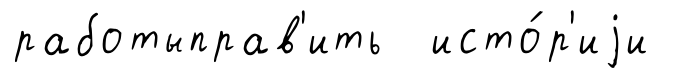
работыправ'ить исто́р'иjи